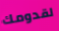
لقدومك